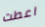
اعطت